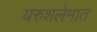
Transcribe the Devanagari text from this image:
यरुशलेमात